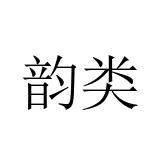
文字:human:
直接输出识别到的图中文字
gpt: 韵类